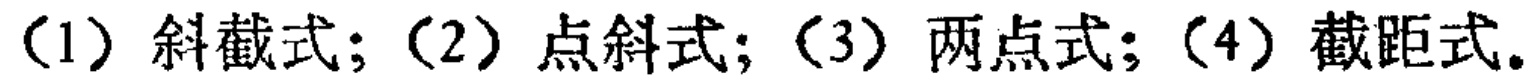
（1）斜截式；（2）点斜式；（3）两点式；（4）截距式。